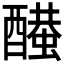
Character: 𨣂